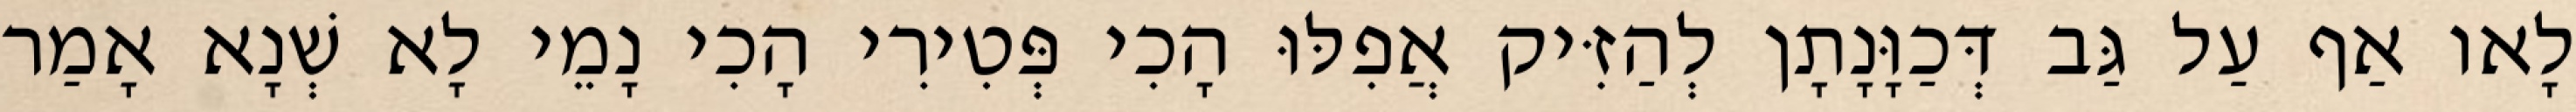
לָאו אַף עַל גַּב דְּכַוָּנָתָן לְהַזִּיק אֲפִלּוּ הָכִי פְּטִירִי הָכִי נָמֵי לָא שְׁנָא אָמַר